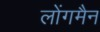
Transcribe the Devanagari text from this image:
लोंगमैन